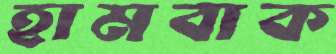
হামবাক